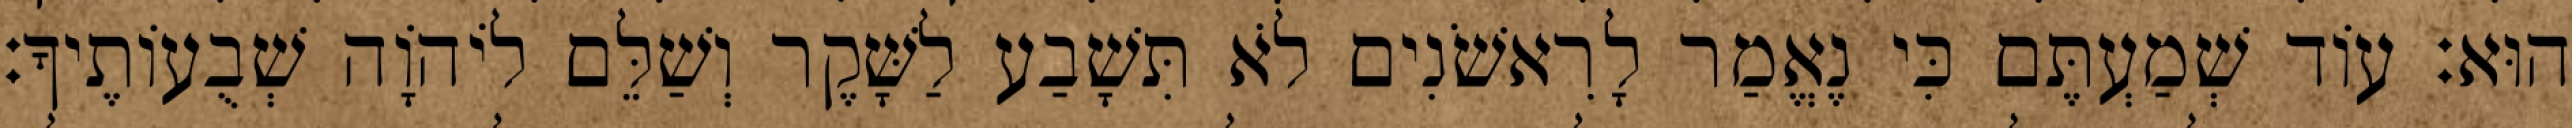
הוּא׃ עוֹד שְׁמַעְתֶּם כִּי נֶאֱמַר לָרִאשֹׁנִים לֹא תִּשָׁבַע לַשָּׁקֶר וְשַׁלֵּם לֹיהוָֹה שְׁבֻעוֹתֶיךָ׃